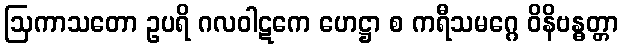
ဩကာသတော ဥပရိ ဂလဝါဋကေ ဟေဋ္ဌာ စ ကရီသမဂ္ဂေ ဝိနိဗန္ဓတ္တာ